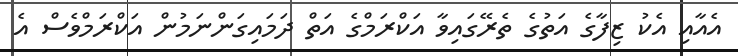
އެއާއި އެކު ޒިފާގެ އަތުގެ ތެރޭގައިވާ އަކްރަމްގެ އަތް ދަމައިގަންނަމުން އަކްރަމްވެސް އެ